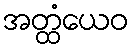
အတ္ထံယေဝ